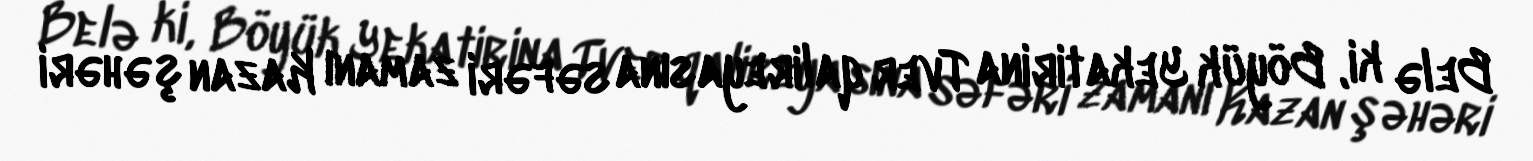
Belə ki, Böyük Yekatirina Tver qalireyasına səfəri zamanı Kazan şəhəri